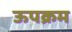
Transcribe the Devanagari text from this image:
ऊपक्रम